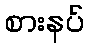
စားနပ်